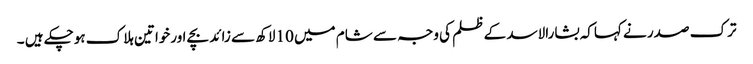
ترک صدر نے کہاکہ بشارالاسد کے ظلم کی وجہ سے شام میں 10لاکھ سے زائد بچے اورخواتین ہلاک ہوچکے ہیں ۔